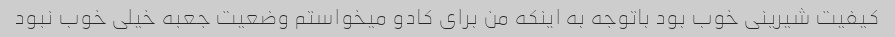
کیفیت شیرینی خوب بود باتوجه به اینکه من برای کادو میخواستم وضعیت جعبه خیلی خوب نبود